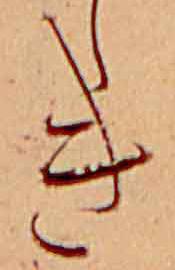
き